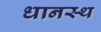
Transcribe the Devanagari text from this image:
धानस्थ